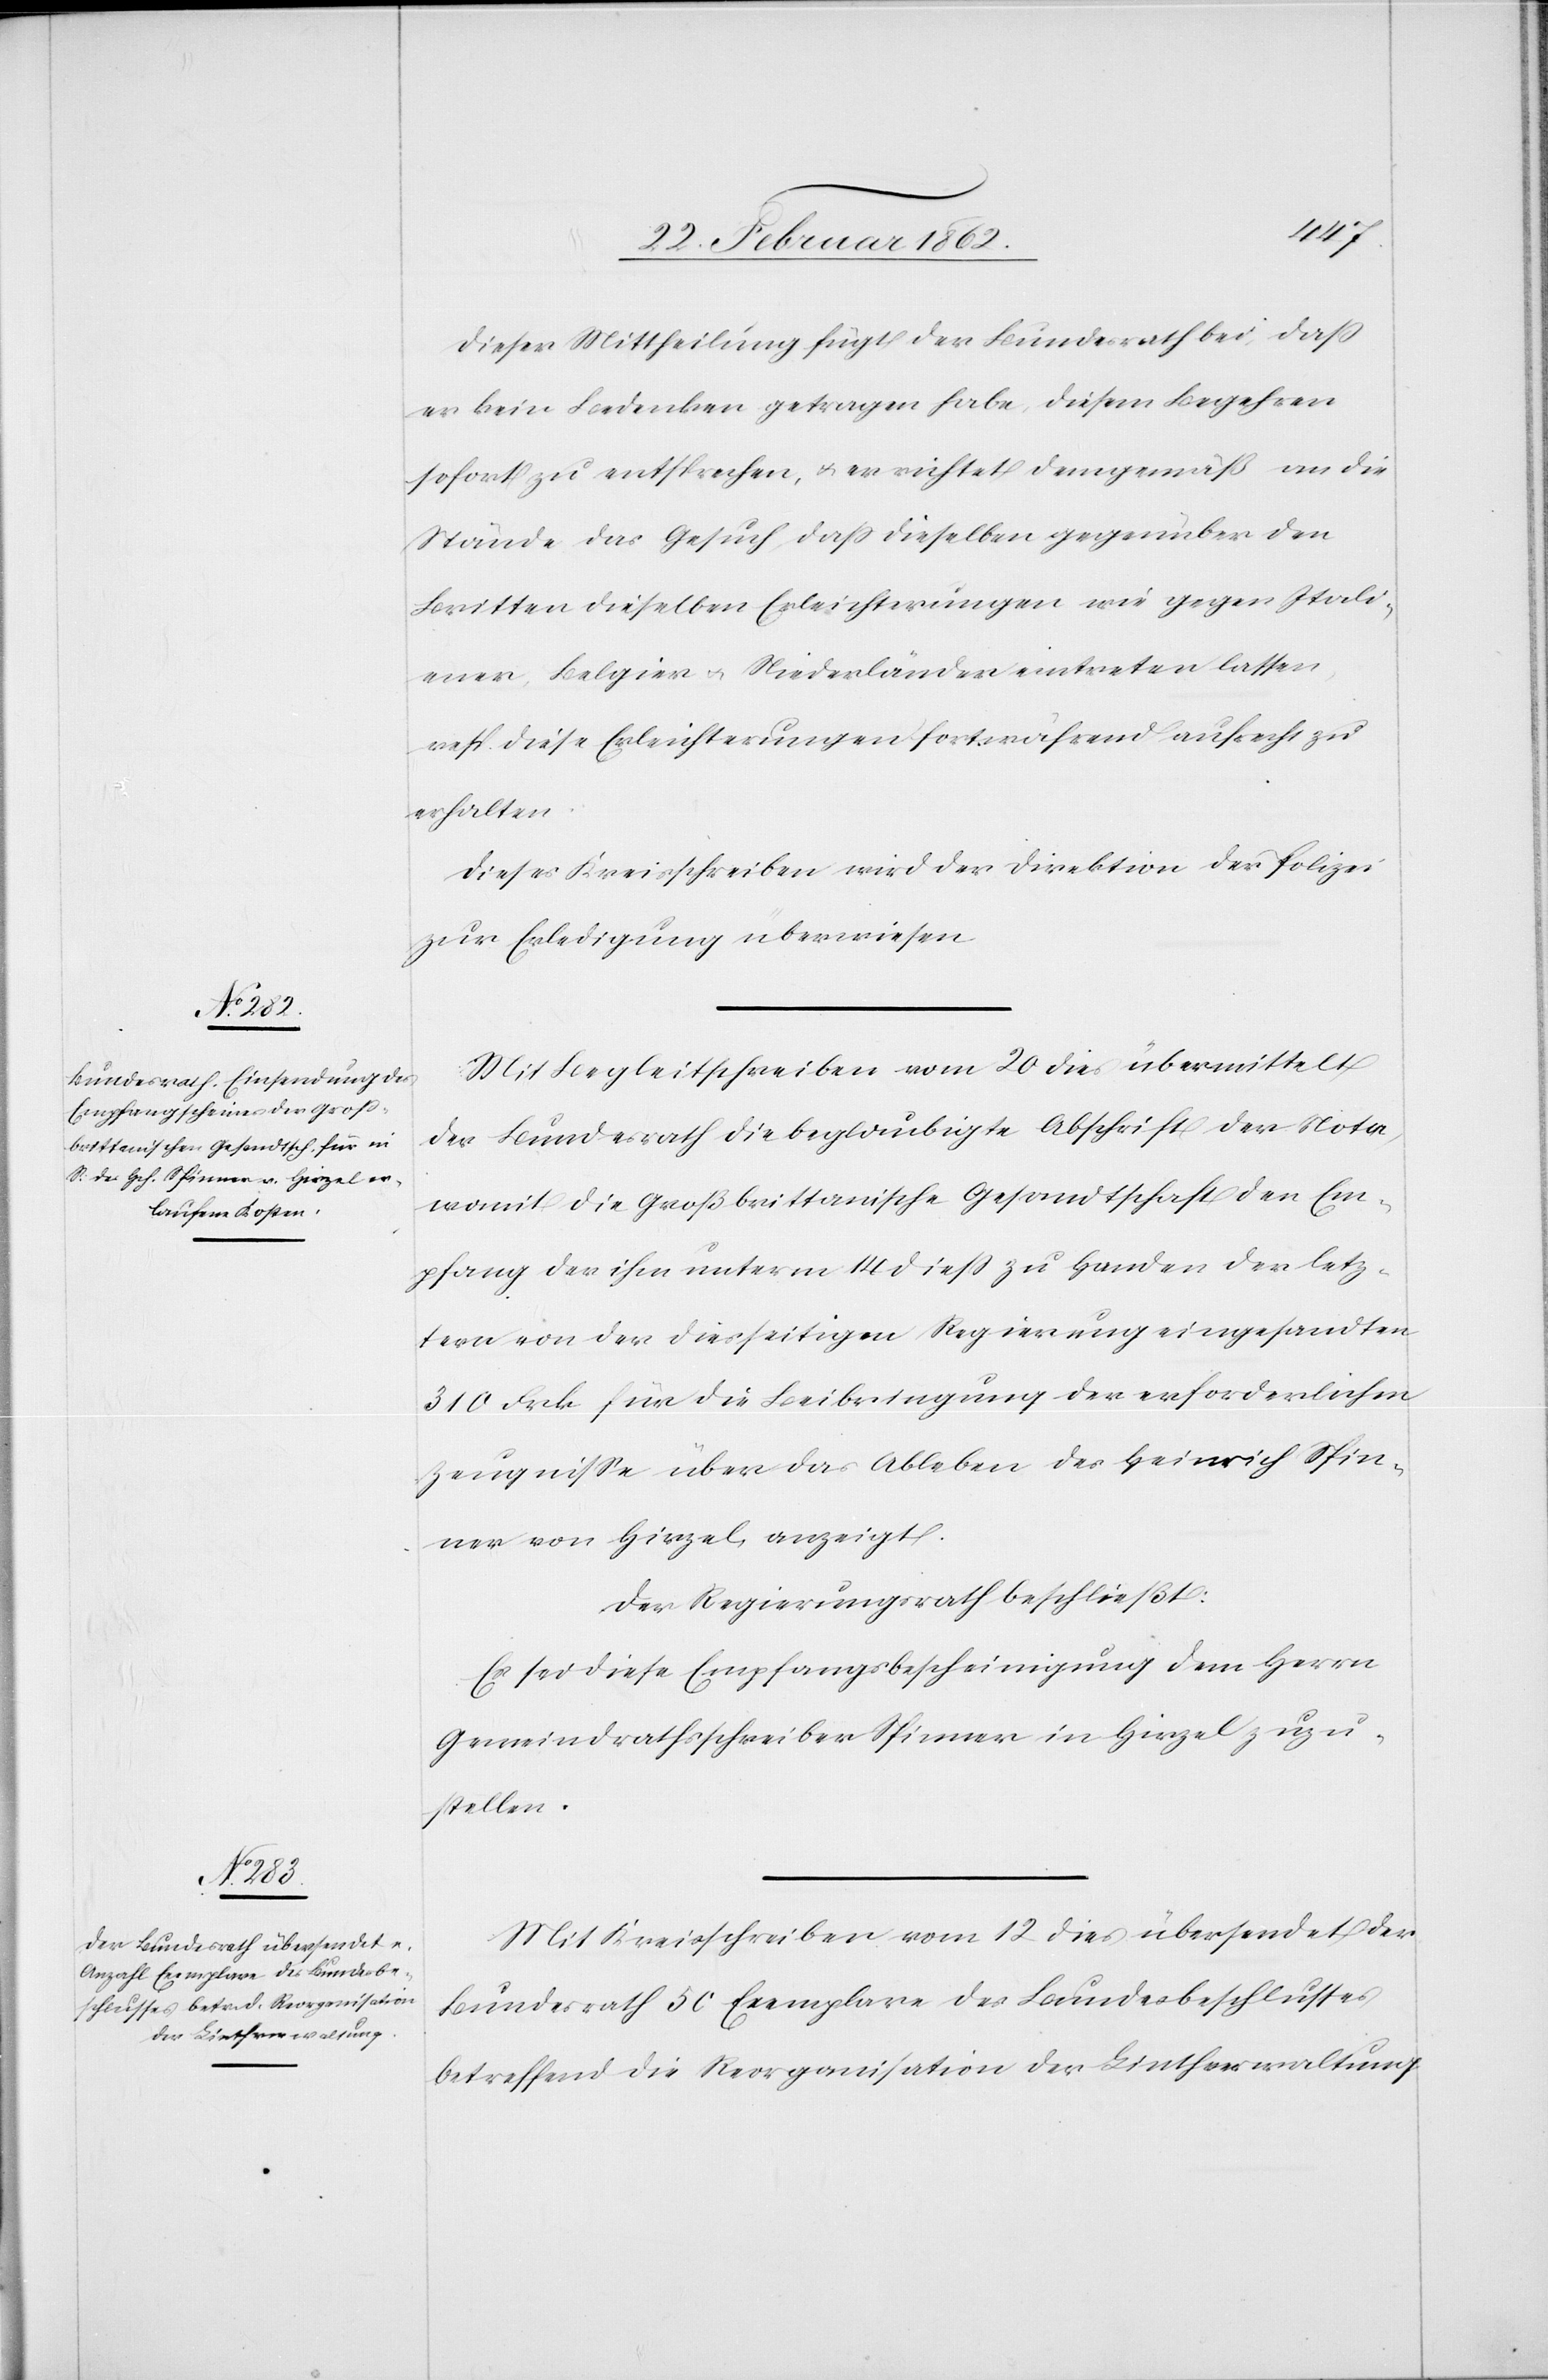
Dieser Mittheilung fügt der Bundesrath bei, daß
er kein Bedenken getragen habe, diesem Begehren
sofort zu enstprechen, u. er richtet demgemäß an die
Stände das Gesuch, daß dieselben gegenüber den
Britten dieselben Erleichterungen wie gegen Itali¬
ener, Belgier u. Niederländer eintreten lassen,
resp. diese Erleichterungen fortwährend aufrecht zu
erhalten.
Dieses Kreisschreiben wird der Direktion der Polizei
zur Erledigung überwiesen[.]
Mit Begleitschreiben vom 20 dies übermittelt
der Bundesrath die beglaubigte Abschrift der Nota,
womit die Großbrittanische Gesandtschaft den Em¬
pfang der ihm unterm 14 dieß zu Handen der letz¬
tern von der diesseitigen Regierung eingesandten
310 Frk für die Beibringung der erforderlichen
Zeugniße über das Ableben des Heinrich Spin¬
ner von Hirzel, anzeigt.
Der Regierungsrath beschließt:
Es sei diese Empfangsbescheinigung dem Herrn
Gemeindrathsschreiber Spinner in Hirzel zuzu¬
stellen.
Mit Kreisschreiben vom 12 dies übersendet der
Bundesrath 50 Exemplare des Bundesbeschlusses
betreffend die Reorganisation der Linthverwaltung